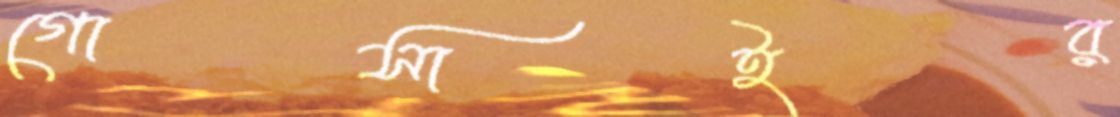
গোসাইর